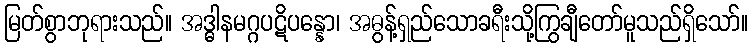
မြတ်စွာဘုရားသည်။ အဒ္ဓါနမဂ္ဂပဋိပန္နော၊ အဓွန့်ရှည်သောခရီးသို့ကြွချီတော်မူသည်ရှိသော်။